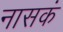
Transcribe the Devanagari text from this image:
नासकं